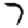
Digit: 7